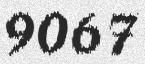
9067